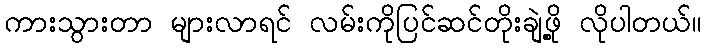
ကားသွားတာ များလာရင် လမ်းကိုပြင်ဆင်တိုးချဲ့ဖို့ လိုပါတယ်။